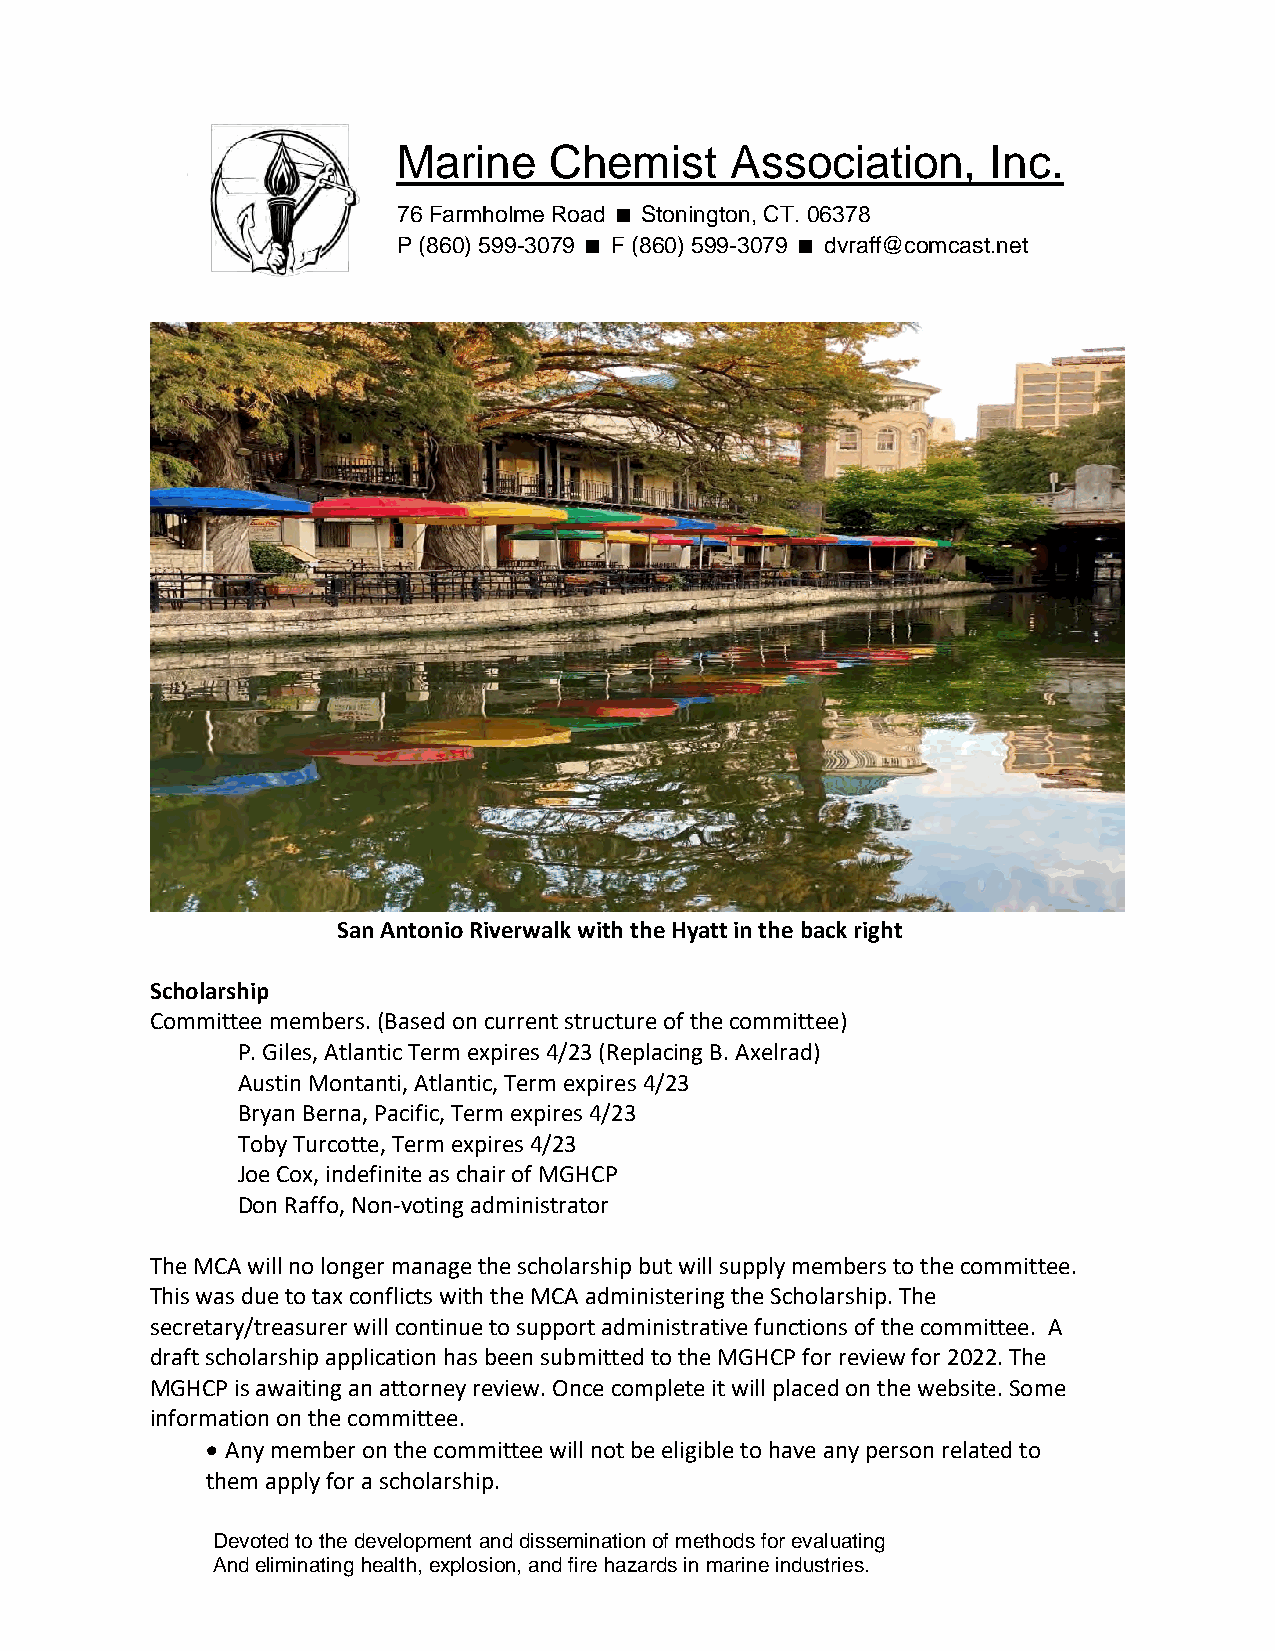
Marine    Chemist     Association,      Inc.
 76 Farmholme Road Stonington, CT. 06378
 P (860) 599-3079 F (860) 599-3079 dvraff@comcast.net
 San Antonio Riverwalk with the Hyatt in the back right
 Scholarship
 Committee members. (Based on current structure of the committee)
 P. Giles, Atlantic Term expires 4/23 (Replacing B. Axelrad)
 Austin Montanti, Atlantic, Term expires 4/23
 Bryan Berna, Pacific, Term expires 4/23
 Toby Turcotte, Term expires 4/23
 Joe Cox, indefinite as chair of MGHCP
 Don Raffo, Non-voting administrator
 The MCA will no longer manage the scholarship but will supply members to the committee.
 This was due to tax conflicts with the MCA administering the Scholarship. The
 secretary/treasurer will continue to support administrative functions of the committee. A
 draft scholarship application has been submitted to the MGHCP for review for 2022. The
 MGHCP is awaiting an attorney review. Once complete it will placed on the website. Some
 information on the committee.
 • Any member on the committee will not be eligible to have any person related to
 them apply for a scholarship.
 Devoted to the development and dissemination of methods for evaluating
 And eliminating health, explosion, and fire hazards in marine industries.